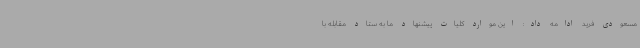
مسعودی فرید ادامه داد: این موارد کلیات پیشنهاد ما به ستاد مقابله با